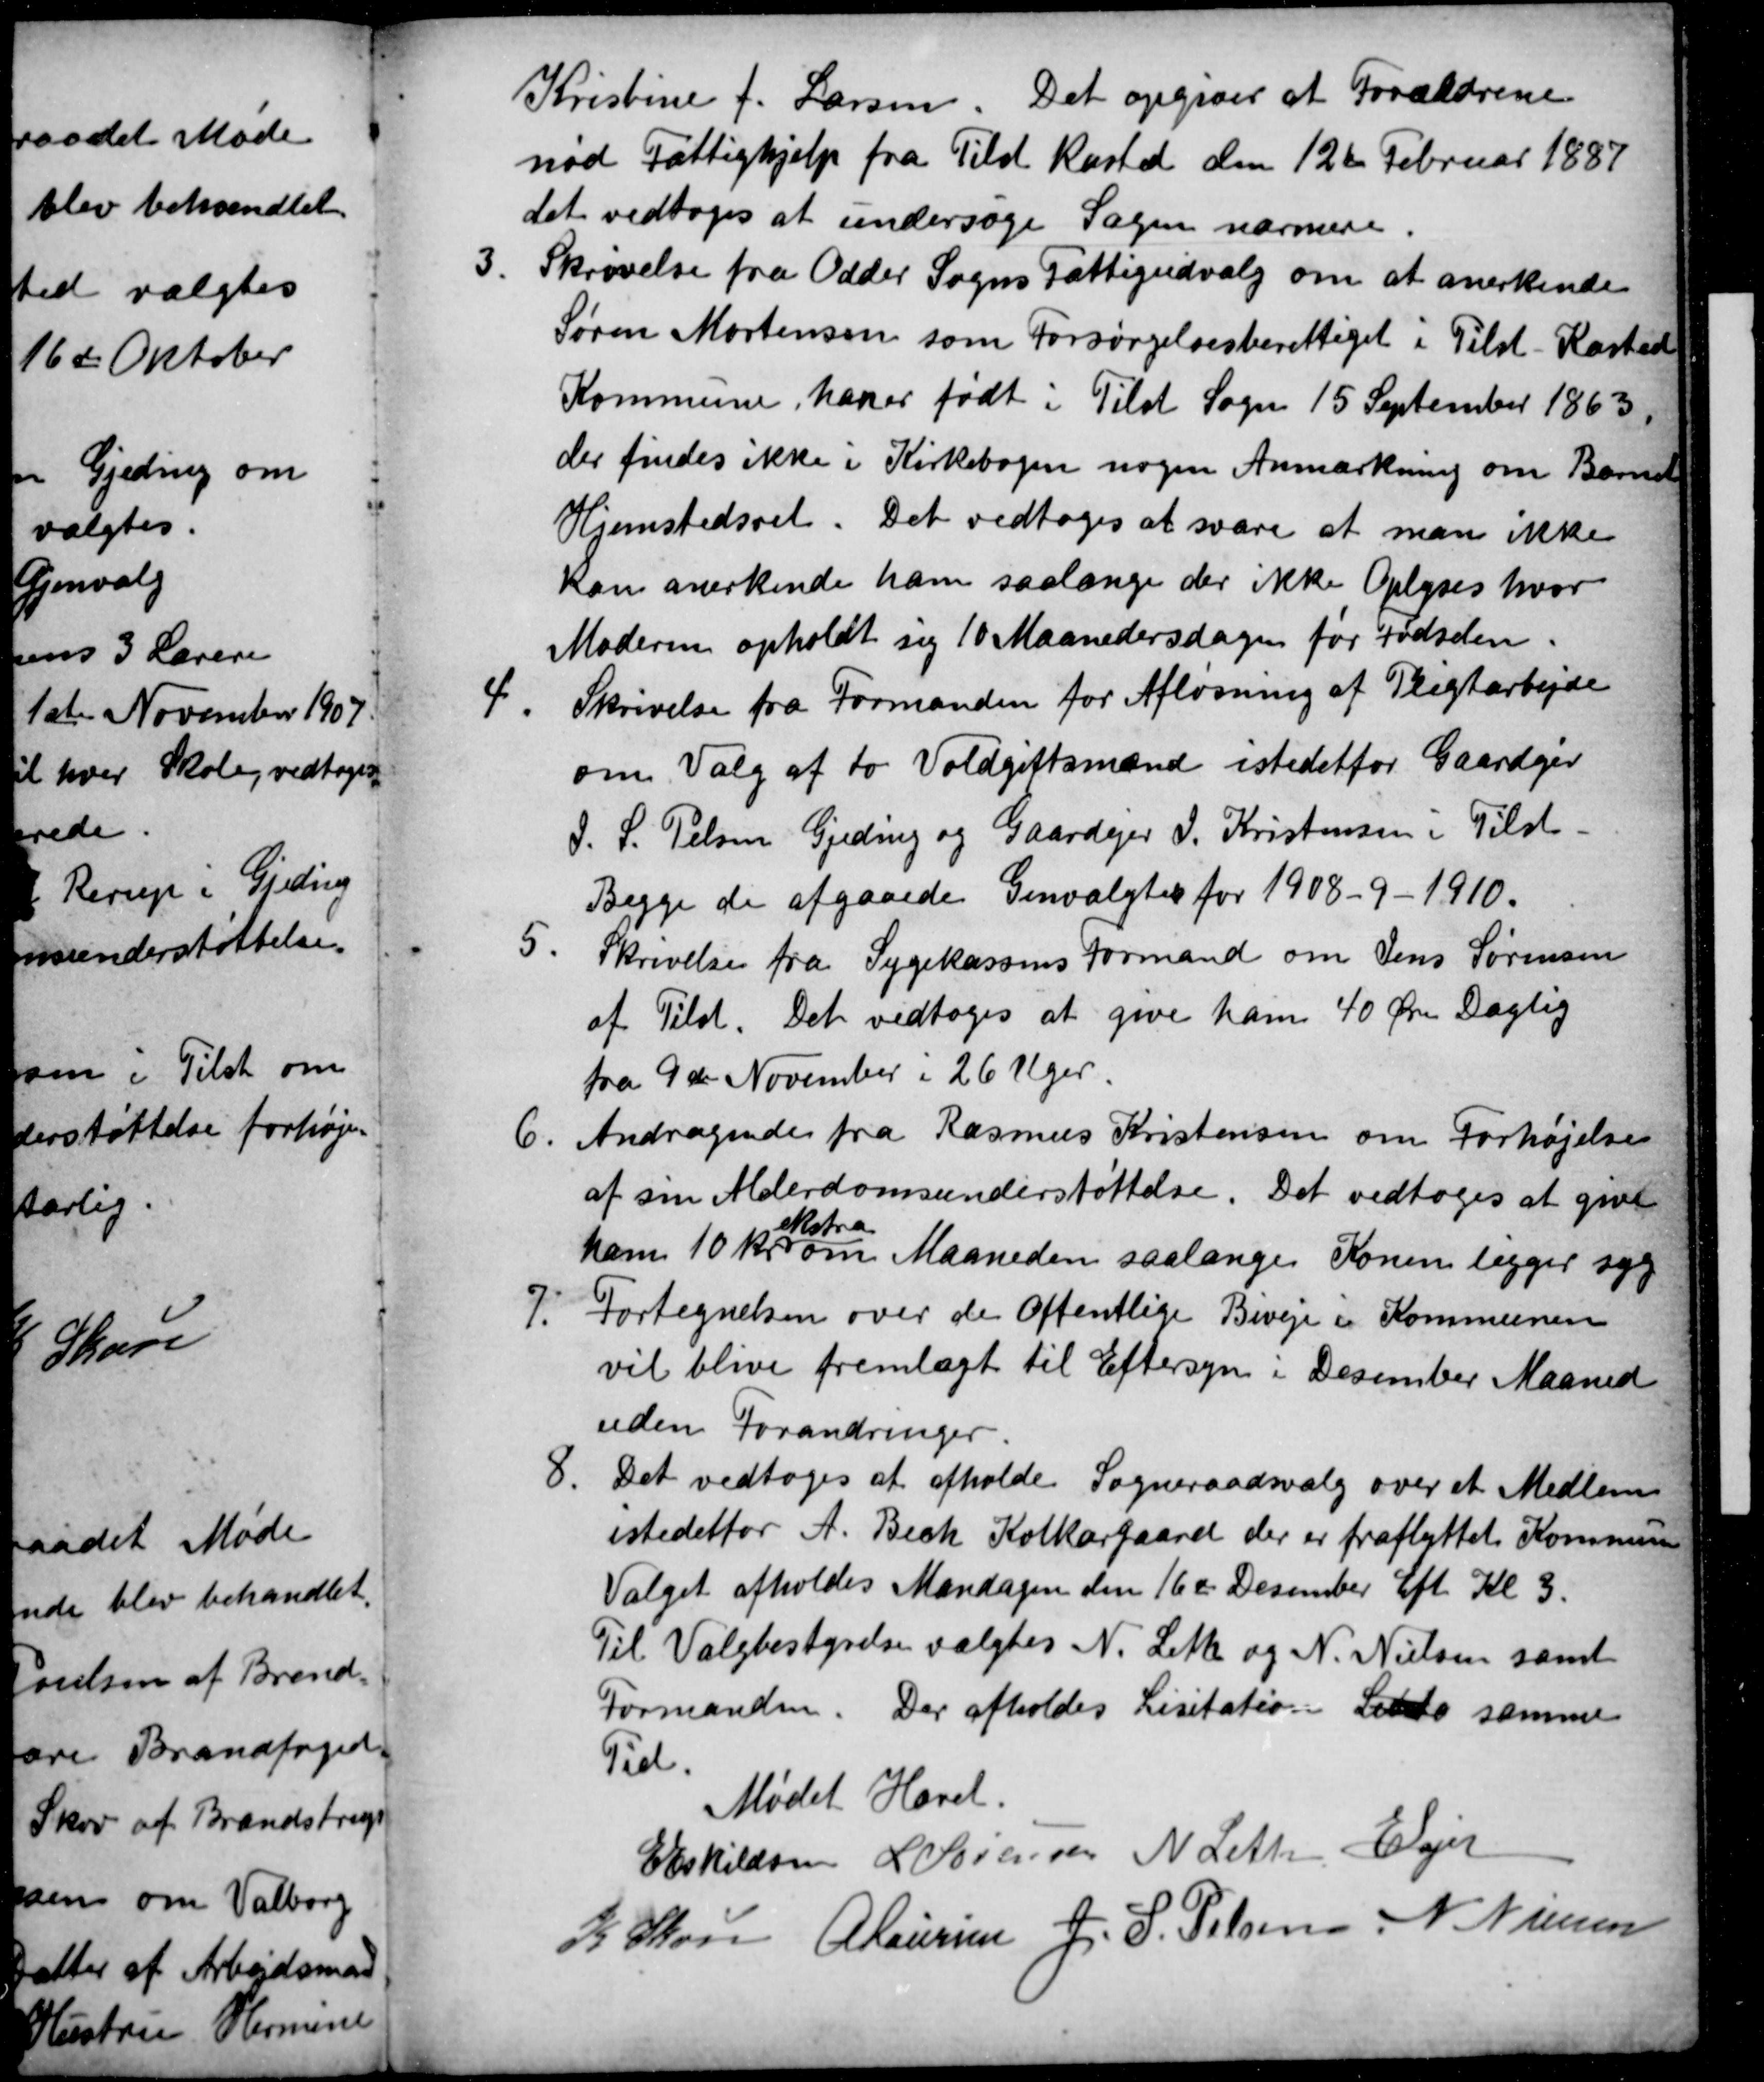
Transskription:
Kristine f. Larsen. Det opgives at Forældrene
nød Fattighjælp fra Tilst Kasted den 12te Februar 1887
det vedtoges at undersøge Sagen nærmere.
3.
Skrivelse fra Odder Sogns Fattigudvalg om at anerkende
Søren Mortensen som Forsørgelsesberettiget i Tilst-Kasted
Kommune, han er født i Tilst Sogn 15 September 1863.
der findes ikke i Kirkebogen nogen Anmærkning om Barnet
Hjemstedsret. Det vedtoges at svare at man ikke
kan anerkende ham saalænge der ikke Oplyses hvor
Moderen opholdt sig 10 Maanedersdagen før Fødselen.
4.
Skrivelse fra Formanden for Afløsning af Pligtarbejde
om Valg af to Voldgiftsmænd istedetfor Gaardejer
J. S. Pelsen Gjeding og Gaardejer J. Kristensen i Tilst.
Begge de afgaaede Genvalgtes for 1908-9-1910.
5.
Skrivelse fra Sygekassens Formand om Jens Sørensen
af Tilst. Det vedtoges at give ham 40 Øre Daglig
fra 9de November i 26 Uger.
6.
Andragende fra Rasmus Kristensen om Forhøjelse
af sin Alderdomsunderstøttelse. Det vedtoges at give
ham 10 kr 
ekstra
om Maaneden saalænge Konen ligger syg
7.
Fortegnelsen over de Offentlige Biveje i Kommunen
vil blive fremlagt til Eftersyn i December Maaned
uden Forandringer.
8
Det vedtoges at afholde Sogneraadsvalg over et Medlem
istedetfor A. Bech Kolkærgaard der er fraflyttet Kommun
Valget afholdes Mandagen den 16de December Eft. Kl 3.
Til Valgbestyrelse valgtes N. Leth og N. Nielsen samt
Formanden. Der afholdes Lisitation Lisit samme
Tid.
Mødet Hævet.
E Eskildsen L Sørensen N Leth E Lajer
K Skou
A Laursen J. P. Pelsen N Nielsen